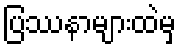
ပြဿနာများထဲမှ